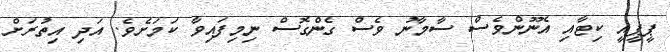
ޕީޕީއީ ކިޓާއި އެނޫންވެސް ސާމާނު ވެސް ގެންގޮސް ނިމިފައިވާ ކަމަށެވެ. އަދި އިތުރަށް